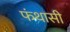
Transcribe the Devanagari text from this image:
फंथासी